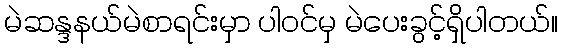
မဲဆန္ဒနယ်မဲစာရင်းမှာ ပါဝင်မှ မဲပေးခွင့်ရှိပါတယ်။